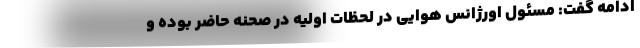
ادامه گفت: مسئول اورژانس هوایی در لحظات اولیه در صحنه حاضر بوده و